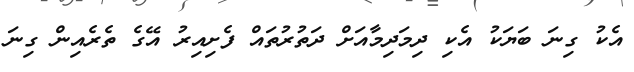
އެކު ގިނަ ބަޔަކު އެކި ދިމަދިމާއަށް ދަތުރުތައް ފެށިއިރު އޭގެ ތެރެއިން ގިނަ